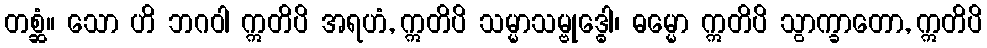
တစ္ဆံ။ သော ဟိ ဘဂဝါ ဣတိပိ အရဟံ, ဣတိပိ သမ္မာသမ္ဗုဒ္ဓေါ၊ ဓမ္မော ဣတိပိ သွာက္ခာတော, ဣတိပိ